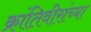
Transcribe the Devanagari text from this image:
क्रांतिवीरांच्या